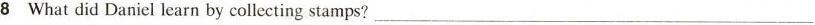
8 What did Daniel learn by collecting stamps? ___